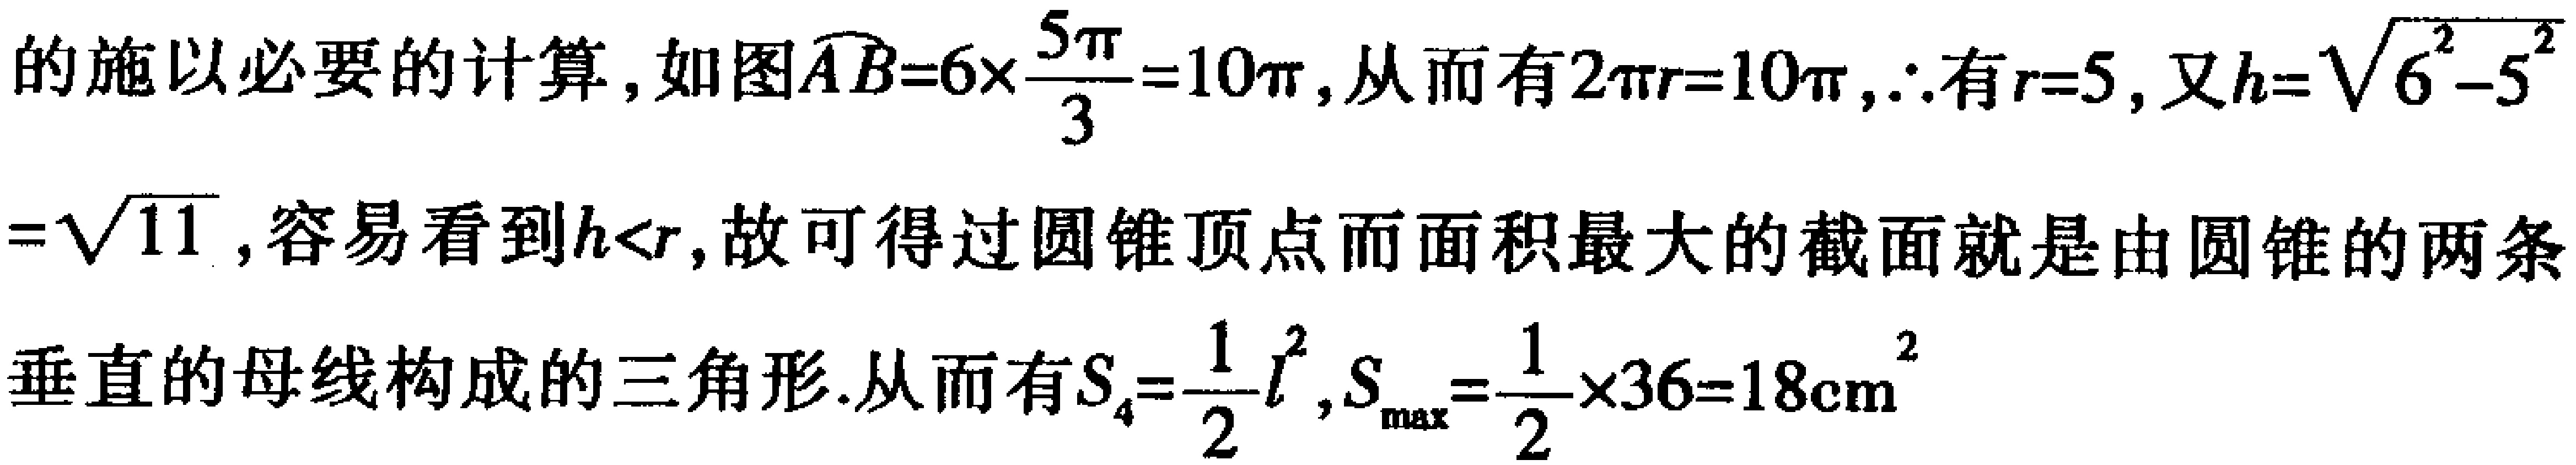
的施以必要的计算, 如图$\overset{\frown}{AB}=6\times\frac{5\pi}{3}=10\pi$, 从而有$2\pi r = 10\pi$, $\therefore$有$r = 5$, 又$h=\sqrt{6^{2}-5^{2}}$
$=\sqrt{11}$, 容易看到$h<r$, 故可得过圆锥顶点而面积最大的截面就是由圆锥的两条
垂直的母线构成的三角形. 从而有$S_{4}=\frac{1}{2}l^{2}$, $S_{\max}=\frac{1}{2}\times36 = 18\mathrm{cm}^{2}$